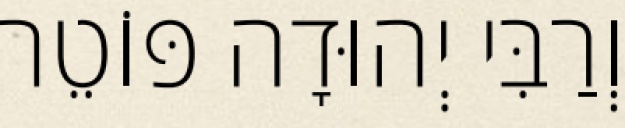
וְרַבִּי יְהוּדָה פּוֹטֵר